Civil Veterinary Dept. Bombay admin report 1907-1913 - 1907-1913
Year: 1907
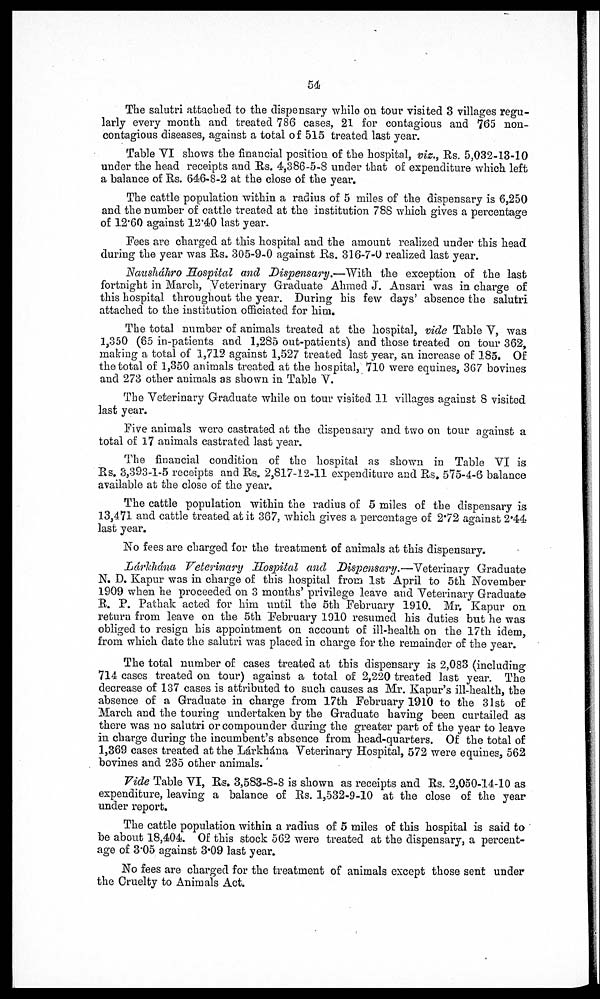
54
The salutri attached to the dispensary while on tour visited 3 villages regu-
larly every month and treated 786 cases, 21 for contagious and 765 non-
contagious diseases, against a total of 515 treated last year.
Table VI shows the financial position of the hospital, vis., Rs. 5,032-13-10
under the head receipts and Rs. 4,386-5-8 under that of expenditure which left
a balance of Rs. 646-8-2 at the close of the year.
The cattle population within a radius of 5 miles of the dispensary is 6,250
and the number of cattle treated at the institution 788 which gives a percentage
of 12.60 against 12.40 last year.
Fees are charged at this hospital and the amount realized under this head
during the year was Rs. 305-9-0 against Rs. 316-7-0 realized last year.
Nausháhro Hospital and Dispensary.—With
the exception of the last
fortnight in March, Veterinary Graduate Ahmed J. Ansari was in charge of
this hospital throughout the year. During his few days' absence the salutri
attached to the institution officiated for him.
The total number of animals treated at the hospital, vide Table V, was
1,350 (65 in-patients and 1,285 out-patients) and those treated on tour 362,
making a total of 1,712 against 1,527 treated last year, an increase of 185. Of
the total of 1,350 animals treated at the hospital, 710 were equines, 367 bovines
and 273 other animals as shown in Table V.
The Veterinary Graduate while on tour visited 11 villages against 8 visited
last year.
Five animals were castrated at the dispensary and two on tour against a
total of 17 animals castrated last year.
The financial condition of the hospital as shown in Table VI is
Rs. 3,393-1-5 receipts and Rs. 2,817-12-11 expenditure and Rs. 575-4-6 balance
available at the close of the year.
The cattle population within the radius of 5 miles of the dispensary is
13,471 and cattle treated at it 367, which gives a percentage of 2.72 against 2.44
last year.
No fees are charged for the treatment of animals at this dispensary.
Lárkhána Veterinary Hospital and Dispensary.—Veterinary
Graduate
N. D. Kapur was in charge of this hospital from 1st April to 5th November
1909 when he proceeded on 3 months' privilege leave and Veterinary Graduate
R. P. Pathak acted for him until the 5th February 1910. Mr. Kapur on
return from leave on the 5th February 1910 resumed his duties but he was
obliged to resign his appointment on account of ill-health on the 17th idem,
from which date the salutri was placed in charge for the remainder of the year.
The total number of cases treated at this dispensary is 2,083 (including
714 cases treated on tour) against a total of 2,220 treated last year. The
decrease of 137 cases is attributed to such causes as Mr. Kapur's ill-health, the
absence of a Graduate in charge from 17th February 1910 to the 31st of
March and the touring undertaken by the Graduate having been curtailed as
there was no salutri or compounder during the greater part of the year to leave
in charge during the incumbent's absence from head-quarters. Of the total of
1,369 cases treated at the Lárkhána Veterinary Hospital, 572 were equines, 562
bovines and 235 other animals.'
Vide Table VI, Rs. 3,5S3-S-8 is shown as receipts and Rs. 2,050-14-10 as
expenditure, leaving a balance of Rs. 1,532-9-10 at the close of the year
under report.
The cattle population within a radius of 5 miles of this hospital is said to
be about 18,404. Of this stock 562 were treated at the dispensary, a percent-
age of 3.05 against 3.09 last year.
No fees are charged for the treatment of animals except those sent under
the Cruelty to Animals Act.